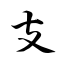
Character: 支